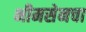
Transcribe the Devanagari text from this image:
भीमसेनचा